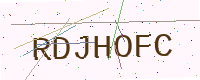
Text: RDJHOFC